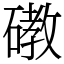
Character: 䃝